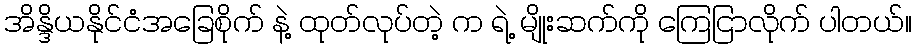
အိန္ဒိယနိုင်ငံအခြေစိုက် နဲ့ ထုတ်လုပ်တဲ့ က ရဲ့ မျိုးဆက်ကို ကြေငြာလိုက် ပါတယ်။